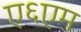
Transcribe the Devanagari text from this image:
ए६एम